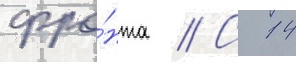
фро́нта // С 14